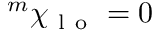
{ } ^ { m } \chi _ { \mathrm { ~ l ~ o ~ } } = 0